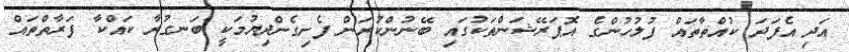
އަދި އެފަދަ ކުއްތާތައް ފުލުހުންގެ އޮޕަރޭޝަންތަކުގައި ބޭނުންކުރަން ފެށިގެންދިޔުމަކީ ބަނގުރާ ކައްކާ ފަރާތްތައް